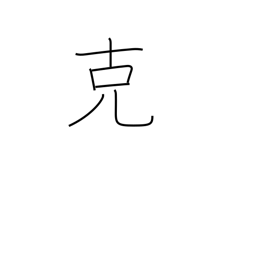
Meaning: overcome